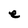
Character: e